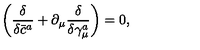
\left( \frac \delta { \delta \bar { c } ^ { a } } + \partial _ { \mu } \frac \delta { \delta \gamma _ { \mu } ^ { a } } \right) = 0 ,